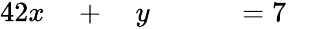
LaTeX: \begin{array}{rlrlrlr}{{4}2x}&{{}{}+{}}&{y}&{{}}&{}&{{}{}={}7}&{}\end{array}